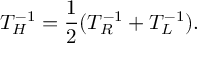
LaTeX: T _ { H } ^ { - 1 } = { \frac { 1 } { 2 } } ( T _ { R } ^ { - 1 } + T _ { L } ^ { - 1 } ) .